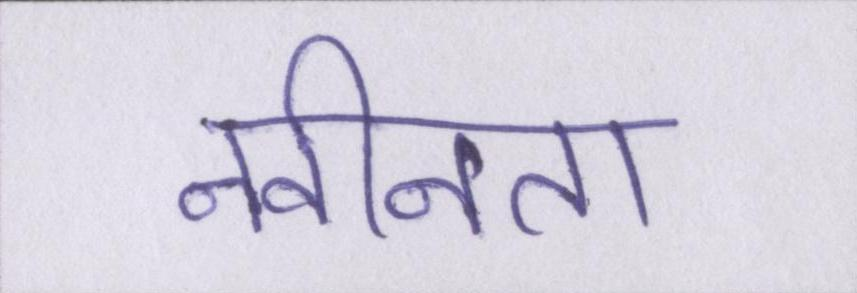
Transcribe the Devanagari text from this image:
नवीनता